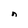
Character: n